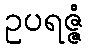
ဥပရဇ္ဇံ